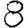
Digit: 8